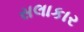
સલાકાર